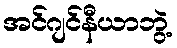
အင်ဂျင်နီယာဘွဲ့